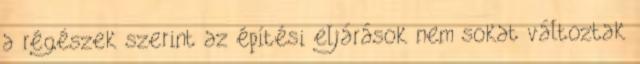
a régészek szerint az építési eljárások nem sokat változtak